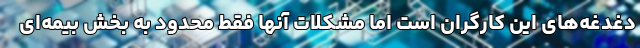
دغدغه‌های این کارگران است اما مشکلات آنها فقط محدود به بخش بیمه‌ای